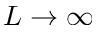
L \to \infty